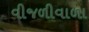
વીજળીવાળા